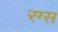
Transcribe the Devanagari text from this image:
रग्स